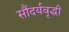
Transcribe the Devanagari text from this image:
सौंदर्यवृद्धी